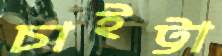
চাইট্টা